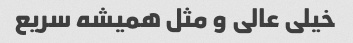
خیلی عالی و مثل همیشه سریع